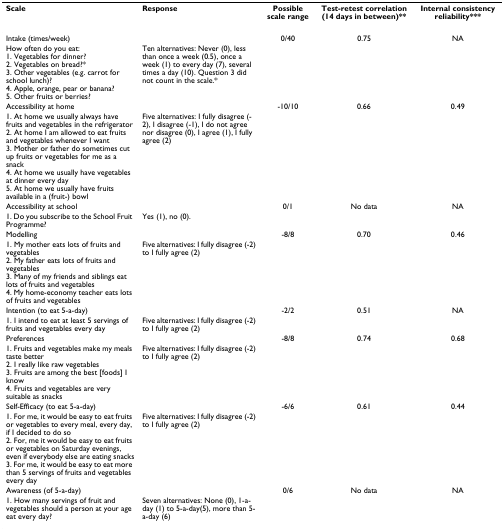
<table><thead><tr><td><b>Scale</b></td><td><b>Response</b></td><td><b>Possible scale range</b></td><td><b>Test-retest correlation (14 days in between)**</b></td><td><b>Internal consistency reliability***</b></td></tr></thead><tbody><tr><td>Intake (times/week)</td><td></td><td>0/40</td><td>0.75</td><td>NA</td></tr><tr><td>How often do you eat:1. Vegetables for dinner?2. Vegetables on bread?*3. Other vegetables (e.g. carrot for school lunch)?4. Apple, orange, pear or banana?5. Other fruits or berries?</td><td>Ten alternatives: Never (0), less than once a week (0.5), once a week (1) to every day (7), several times a day (10). Question 3 did not count in the scale.*</td><td></td><td></td><td></td></tr><tr><td>Accessibility at home</td><td></td><td>-10/10</td><td>0.66</td><td>0.49</td></tr><tr><td>1. At home we usually always have fruits and vegetables in the refrigerator2. At home I am allowed to eat fruits and vegetables whenever I want3. Mother or father do sometimes cut up fruits or vegetables for me as a snack4. At home we usually have vegetables at dinner every day5. At home we usually have fruits available in a (fruit-) bowl</td><td>Five alternatives: I fully disagree (-2), I disagree (-1), I do not agree nor disagree (0), I agree (1), I fully agree (2)</td><td></td><td></td><td></td></tr><tr><td>Accessibility at school</td><td></td><td>0/1</td><td>No data</td><td>NA</td></tr><tr><td>1. Do you subscribe to the School Fruit Programme?</td><td>Yes (1), no (0).</td><td></td><td></td><td></td></tr><tr><td>Modelling</td><td></td><td>-8/8</td><td>0.70</td><td>0.46</td></tr><tr><td>1. My mother eats lots of fruits and vegetables2. My father eats lots of fruits and vegetables3. Many of my friends and siblings eat lots of fruits and vegetables4. My home-economy teacher eats lots of fruits and vegetables</td><td>Five alternatives: I fully disagree (-2) to I fully agree (2)</td><td></td><td></td><td></td></tr><tr><td>Intention (to eat 5-a-day)</td><td></td><td>-2/2</td><td>0.51</td><td>NA</td></tr><tr><td>1. I intend to eat at least 5 servings of fruits and vegetables every day</td><td>Five alternatives: I fully disagree (-2) to I fully agree (2)</td><td></td><td></td><td></td></tr><tr><td>Preferences</td><td></td><td>-8/8</td><td>0.74</td><td>0.68</td></tr><tr><td>1. Fruits and vegetables make my meals taste better2. I really like raw vegetables3. Fruits are among the best [foods] I know4. Fruits and vegetables are very suitable as snacks</td><td>Five alternatives: I fully disagree (-2) to I fully agree (2)</td><td></td><td></td><td></td></tr><tr><td>Self-Efficacy (to eat 5-a-day)</td><td></td><td>-6/6</td><td>0.61</td><td>0.44</td></tr><tr><td>1. For me, it would be easy to eat fruits or vegetables to every meal, every day, if I decided to do so2. For, me it would be easy to eat fruits or vegetables on Saturday evenings, even if everybody else are eating snacks3. For me, it would be easy to eat more than 5 servings of fruits and vegetables every day</td><td>Five alternatives: I fully disagree (-2) to I fully agree (2)</td><td></td><td></td><td></td></tr><tr><td>Awareness (of 5-a-day)</td><td></td><td>0/6</td><td>No data</td><td>NA</td></tr><tr><td>1. How many servings of fruit and vegetables should a person at your age eat every day?</td><td>Seven alternatives: None (0), 1-a-day (1) to 5-a-day(5), more than 5-a-day (6)</td><td></td><td></td><td></td></tr></tbody></table>